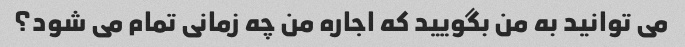
می توانید به من بگویید که اجاره من چه زمانی تمام می شود؟